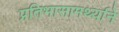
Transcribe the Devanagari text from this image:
प्रतिभासामर्थ्याने